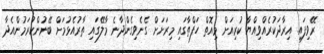
ރޭވިފައި. އިރާދަކުރެއްވިއްޔާ ކުރިއަށް މިއޮތް ހަފްތާގައި މިރަށަށް ގެނެވިގެންދާނެ މާލޭގައި ތާރުއެޅުމަށް ބޭނުންކުރަމުންއެދާ